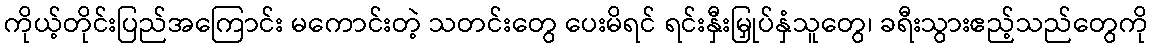
ကိုယ့်တိုင်းပြည်အကြောင်း မကောင်းတဲ့ သတင်းတွေ ပေးမိရင် ရင်းနှီးမြှုပ်နှံသူတွေ၊ ခရီးသွားဧည့်သည်တွေကို